Annual report of the Central Committee of the Association together with the report of the directors of the Pasteur Institute at Kasauli
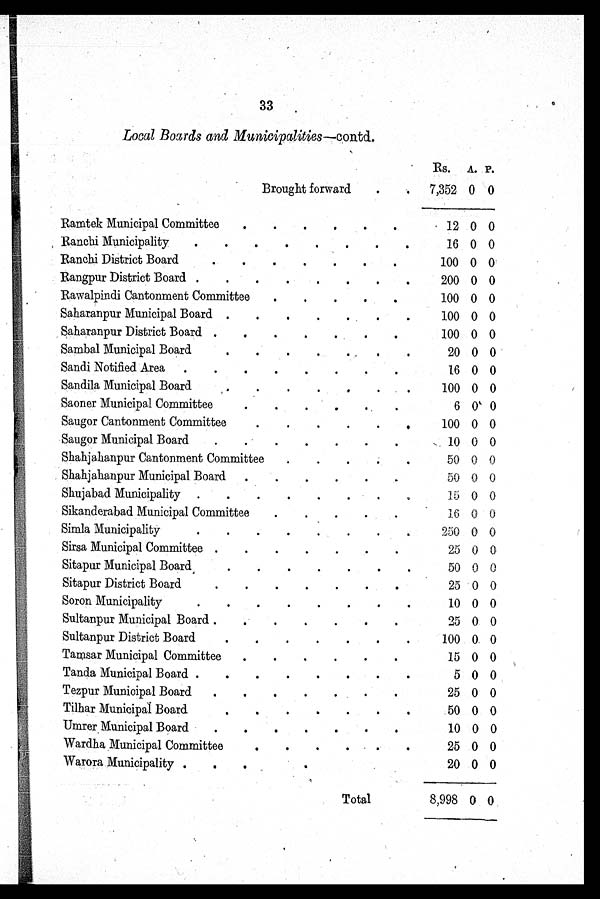
33
Local Boards and Municipalities —contd.
Rs. A. P.
Brought forward
7,352 0 0
Ramtek Municipal Committee
12 0 0
Ranchi Municipality
16 0 0
Ranchi District Board
100 0 0
Rangpur District Board
200 0 0
Rawalpindi Cantonment Committee
100 0 0
Saharanpur Municipal Board
100 0 0
Saharanpur District Board
100 0 0
Sambal Municipal Board
20 0 0
Sandi Notified Area
16 0 0
Sandila Municipal Board
100 0 0
Saoner Municipal Committee
6
0 0
Saugor Cantonment Committee
100 0 0
Saugor Municipal Board
10 0 0
Shahjahanpur Cantonment Committee
50 0 0
Shahjahanpur Municipal Board
50 0 0
Shujabad Municipality
15 0 0
Sikanderabad Municipal Committee
16 0 0
Simla Municipality
250 0 0
Sirsa Municipal Committee
25 0 0
Sitapur Municipal Board
50 0 0
Sitapur District Board
25 0 0
Soron Municipality
10 0 0
Sultanpur Municipal Board
25 0 0
Sultanpur District Board
100 0 0
Tamsar Municipal Committee
15 0 0
Tanda Municipal Board
5 0 0
Tezpur Municipal Board
25 0 0
Tilhar Municipal Board
50 0 0
Umrer Municipal Board
10 0 0
Wardha Municipal Committee
25 0 0
Warora Municipality
20 0 0
Total
8,998 0 0